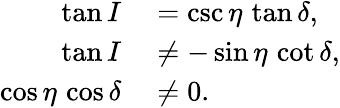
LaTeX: \begin{array}{rl}{\tan I}&{{}=\csc\eta\, \tan\delta,}\\ {\tan I}&{{}\neq-\sin\eta\, \cot\delta,}\\ {\cos\eta\, \cos\delta}&{{}\neq 0.}\end{array}